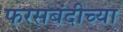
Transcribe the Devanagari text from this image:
फरसबंदीच्या